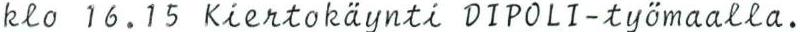
klo 16.15 Kiertokäynti DIP0LI-työmaalla.